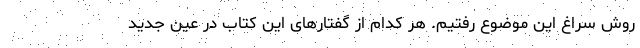
روش سراغ این موضوع رفتیم. هر کدام از گفتارهای این کتاب در عین جدید